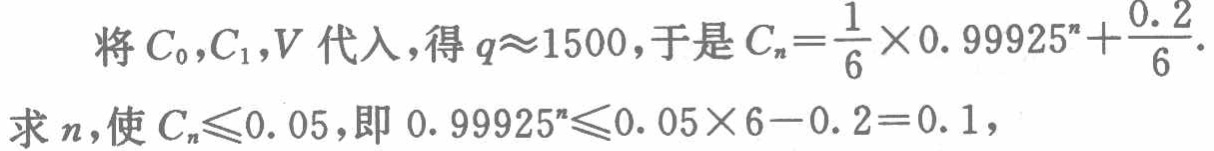
将$C_0,C_1,V$代入，得$q\approx1500$，于是$C_n = \frac{1}{6} \times 0.99925^n + \frac{0.2}{6}$.

求$n$，使$C_n\leqslant0.05$，即$0.99925^n\leqslant0.05\times6 - 0.2 = 0.1$，